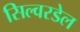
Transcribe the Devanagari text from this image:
सिल्वरडेल